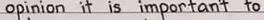
opinion it is important to